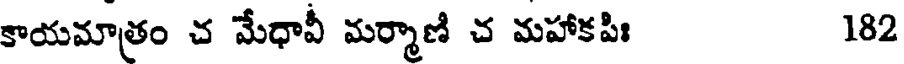
కాయమాత్రం చ మేధావీ మర్మాణి చ మహాకపిః 182